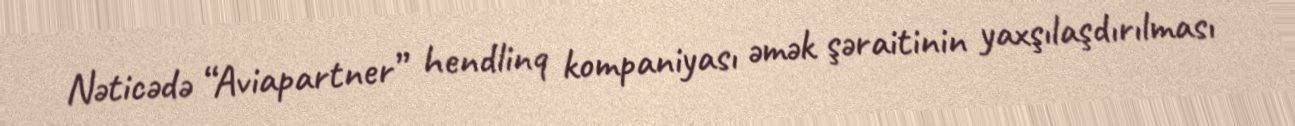
Nəticədə “Aviapartner” hendlinq kompaniyası əmək şəraitinin yaxşılaşdırılması